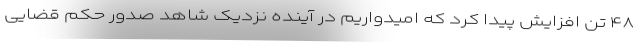
۴۸ تن افزایش پیدا کرد که امیدواریم در آینده نزدیک شاهد صدور حکم قضایی